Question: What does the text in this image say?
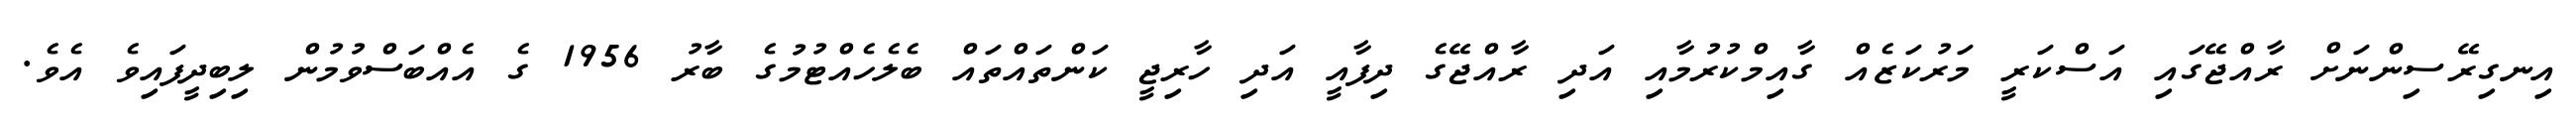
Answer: އިނގިރޭސިންނަށް ރާއްޖޭގައި އަސްކަރީ މަރުކަޒެއް ގާއިމްކުރުމާއި އަދި ރާއްޖޭގެ ދިފާއީ އަދި ހާރިޖީ ކަންތައްތައް ބެލެހެއްޓުމުގެ ބާރު 1956 ގެ އެއްބަސްވުމުން ލިބިދީފައިވެ އެވެ.